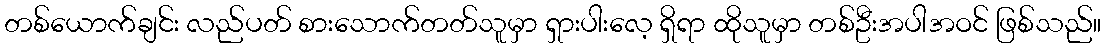
တစ်ယောက်ချင်း လည်ပတ် စားသောက်တတ်သူမှာ ရှားပါးလေ့ ရှိရာ ထိုသူမှာ တစ်ဦးအပါအဝင် ဖြစ်သည်။